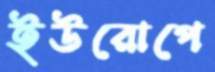
ইউরোপে